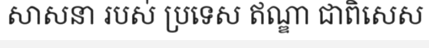
សាសនា របស់ ប្រទេស ឥណ្ឌា ជាពិសេស